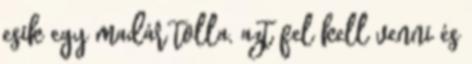
esik egy madár tolla, azt fel kell venni és